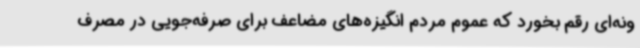
ونه‌ای رقم بخورد که عموم مردم انگیزه‌های مضاعف برای صرفه‌جویی در مصرف